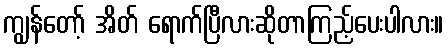
ကျွန်တော့် အိတ် ရောက်ပြီလားဆိုတာကြည့်ပေးပါလား။